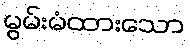
မွမ်းမံထားသော